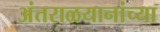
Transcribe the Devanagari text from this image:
अंतराळयानांच्या